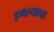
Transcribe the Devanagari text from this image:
इमल्याचा